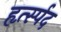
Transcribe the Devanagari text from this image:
हृर्त्स्पद